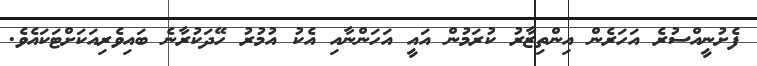
ފެށުނީއްސުރެ އަހަރެން އިންތިޒާރު ކުރަމުން އައީ އަހަންނާއި އެކު އުމުރު ހޭދަކުރާނެ ބައިވެރިއަކަށްޓަކައެެވެ.